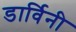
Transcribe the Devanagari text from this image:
डार्विनी